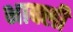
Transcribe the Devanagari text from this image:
भाक्ली